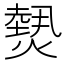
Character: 𤎮